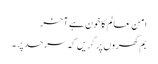
امن عالم کا خون ہے آخر
بم گھروں پر گریں کہ سرحد پر ۔